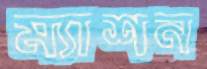
ম্যাশন